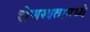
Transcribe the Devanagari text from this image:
शेणखतामध्ये